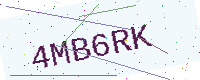
Text: 4MB6RK